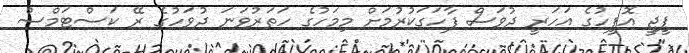
ޕީޖީ އޮފީހުގެ އަހަރީ ދުވަސް ފާހަގަކުރުމަށް މިމަހުގެ ހަތަރުވަނަ ދުވަހުގެ ރޭ ކަސްޓަމްސް